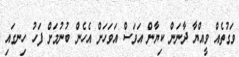
ވަގުތެއް ވީއްޔާ ދާނަން ކިޔާން އަވަސް އަވަހަށް އެހެން ބުނުމަށް ފަހު ހިނގައި